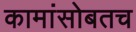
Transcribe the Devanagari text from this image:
कामांसोबतच